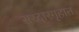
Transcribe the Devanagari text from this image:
सरदारगृहात